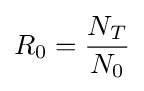
R_{0}={\frac {N_{T}}{N_{0}}}